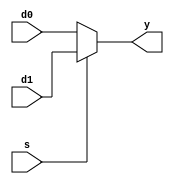
module mx2_32bits(d0, d1, s, y);
	input [31:0] d0, d1;
	input s;
	output [31:0] y;
	
	assign y = (s == 0) ? d0 : d1;		// assign with conditional operator
	
endmodule